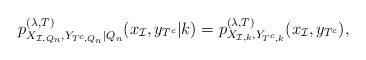
\begin{align*}p_{X_{\mathcal{I},Q_n}, Y_{T^c, Q_n}|Q_n}^{(\lambda, T)}(x_{\mathcal{I}}, y_{T^c}|k) = p_{ X_{\mathcal{I},k}, Y_{T^c, k}}^{(\lambda, T)}(x_{\mathcal{I}}, y_{T^c}), \end{align*}